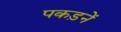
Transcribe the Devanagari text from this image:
पकड़नें